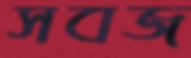
সবজ